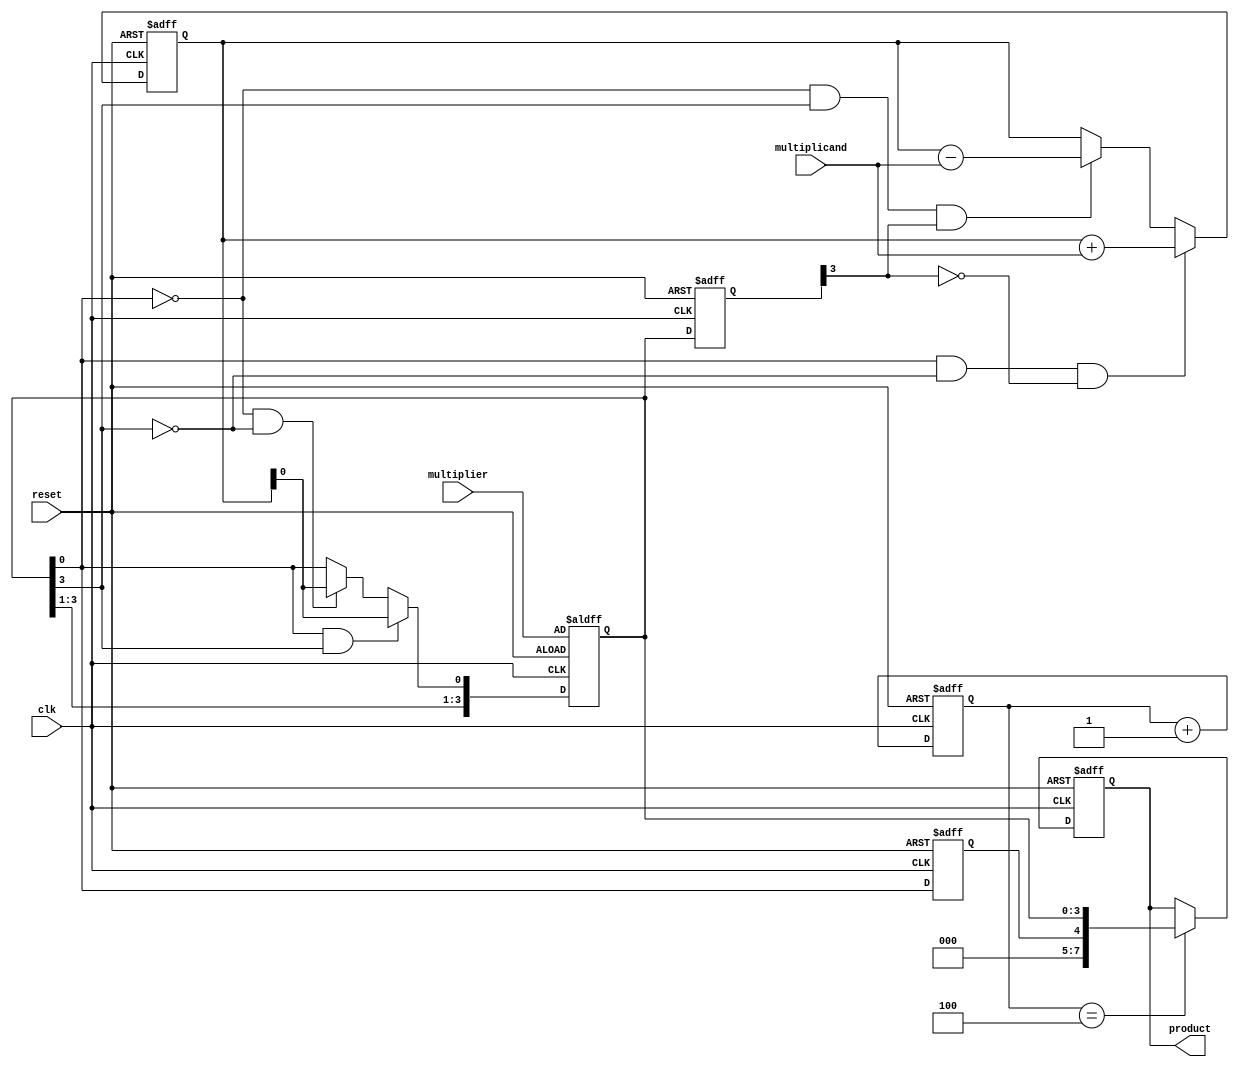
module BoothMultiplier(
    input wire clk,
    input wire reset,
    input wire [3:0] multiplicand,
    input wire [3:0] multiplier,
    output reg [7:0] product
);

reg [3:0] A_reg, Q_reg, Q_prev;
reg [2:0] count;
reg sign;

always @(posedge clk or posedge reset) begin
    if (reset) begin
        A_reg <= 0;
        Q_reg <= multiplier;
        Q_prev <= 0;
        count <= 0;
        sign <= 0;
        product <= 0;
    end else begin
        Q_prev <= Q_reg;
        sign <= Q_reg[0];
        if (Q_reg[0] & ~Q_reg[3] & ~Q_prev[3]) begin
            A_reg <= A_reg + multiplicand;
        end else if (~Q_reg[0] & Q_reg[3] & Q_prev[3]) begin
            A_reg <= A_reg - multiplicand;
        end
        
        if (Q_reg[0] & Q_reg[3]) begin
            Q_reg <= {Q_reg[6:1], A_reg[0]};
        end else if (~Q_reg[0] & ~Q_reg[3]) begin
            Q_reg <= {Q_reg[6:1], A_reg[0]};
        end
        
        count <= count + 1;
        
        if (count == 4) begin
            product <= {sign, Q_reg};
        end
    end
end

endmodule